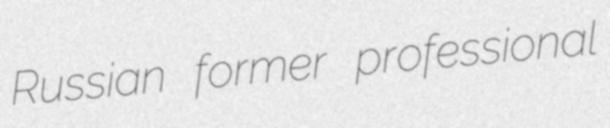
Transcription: Russian former professional